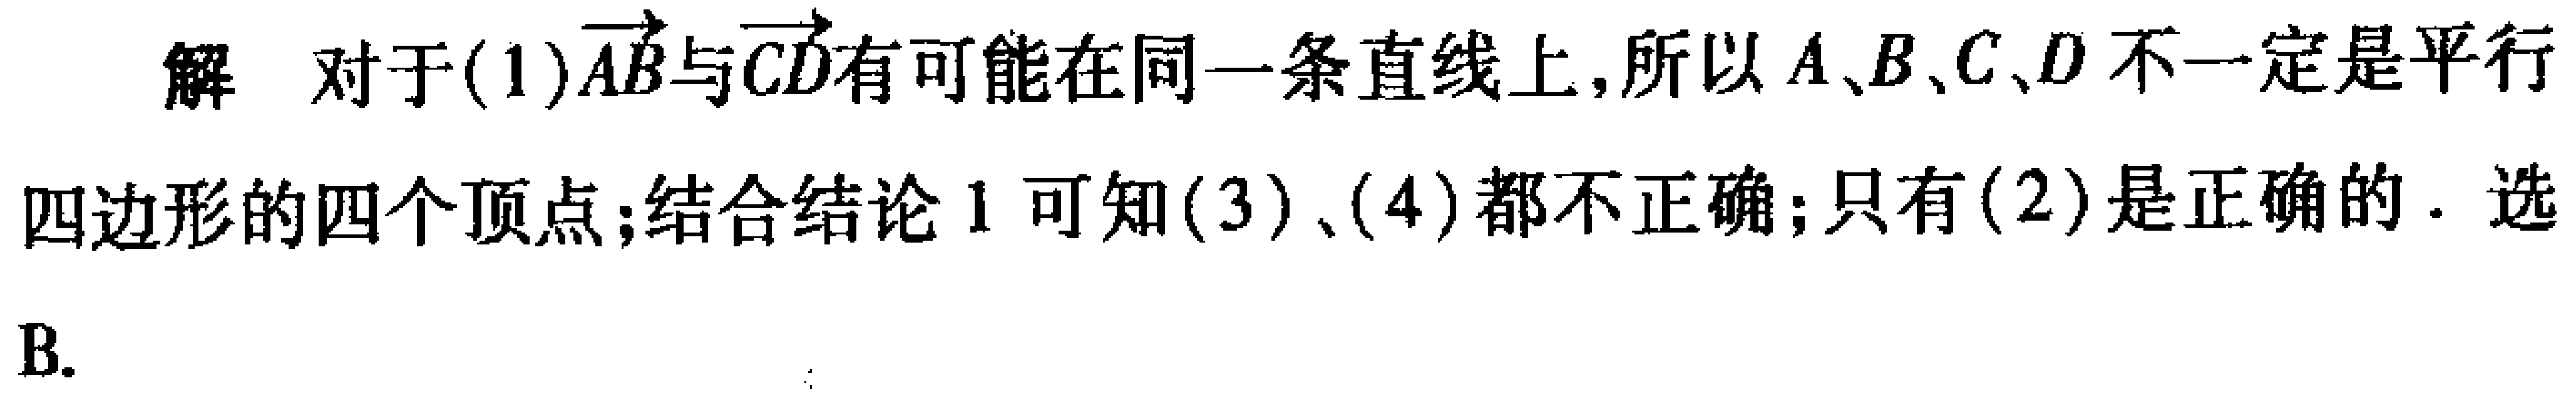
解 对于(1)$\overrightarrow{AB}$与$\overrightarrow{CD}$有可能在同一条直线上, 所以$A、B、C、D$不一定是平行四边形的四个顶点; 结合结论 1 可知(3)、(4)都不正确; 只有(2)是正确的. 选B.